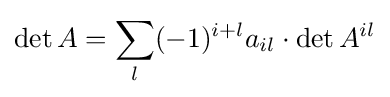
\det A=\sum _{l}(-1)^{i+l}a_{il}\cdot \det A^{il}